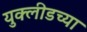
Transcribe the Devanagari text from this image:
युक्लीडच्या